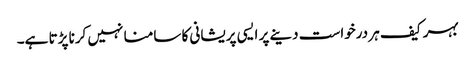
بہر کیف ہر درخواست دینے پر ایسی پریشانی کا سامنا نہیں کرنا پڑتا ہے۔